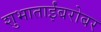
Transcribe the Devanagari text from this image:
शुभाताईंबरोबर